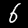
Label: 6